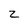
Character: z